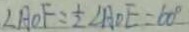
\angle A O F = \frac { 1 } { 2 } \angle A D E = 6 0 ^ { \circ }